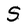
Character: S